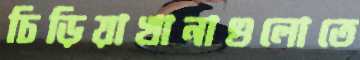
চিড়িয়াখানাগুলোতে